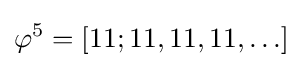
\varphi ^{5}=[11;11,11,11,\ldots ]